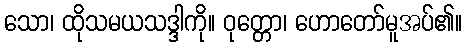
သော၊ ထိုသမယသဒ္ဒါကို။ ဝုတ္တော၊ ဟောတော်မူအပ်၏။